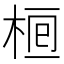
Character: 𣒯